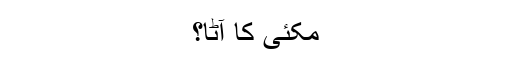
مکئی کا آٹا؟